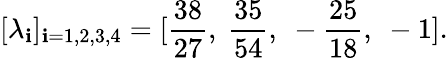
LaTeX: [\lambda_{\mathbf{i}}]_{\mathbf{i}=1,2,3,4}=[{\frac{{38}}{{27}}},~{\frac{{35}}{{54}}},~-{\frac{{25}}{{18}}},~-1].